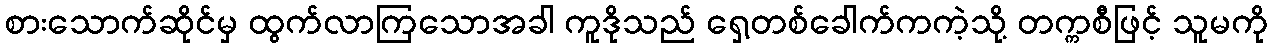
စားသောက်ဆိုင်မှ ထွက်လာကြသောအခါ ကူဒိုသည် ရှေ့တစ်ခေါက်ကကဲ့သို့ တက္ကစီဖြင့် သူမကို